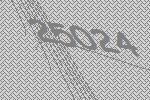
25024